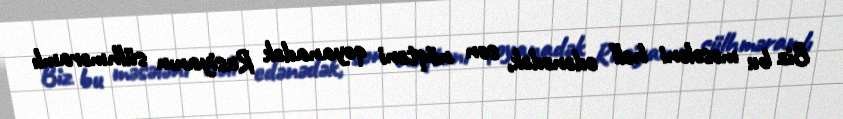
Biz bu məsələni həll edənədək, son nöqtəni qoyanadək Rusiyanın sülhməramlı